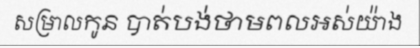
សម្រាលកូន បាត់បង់ថាមពលអស់យ៉ាង